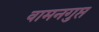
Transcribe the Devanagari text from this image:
वामनगुप्त